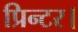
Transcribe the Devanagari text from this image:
प्रिन्टर।